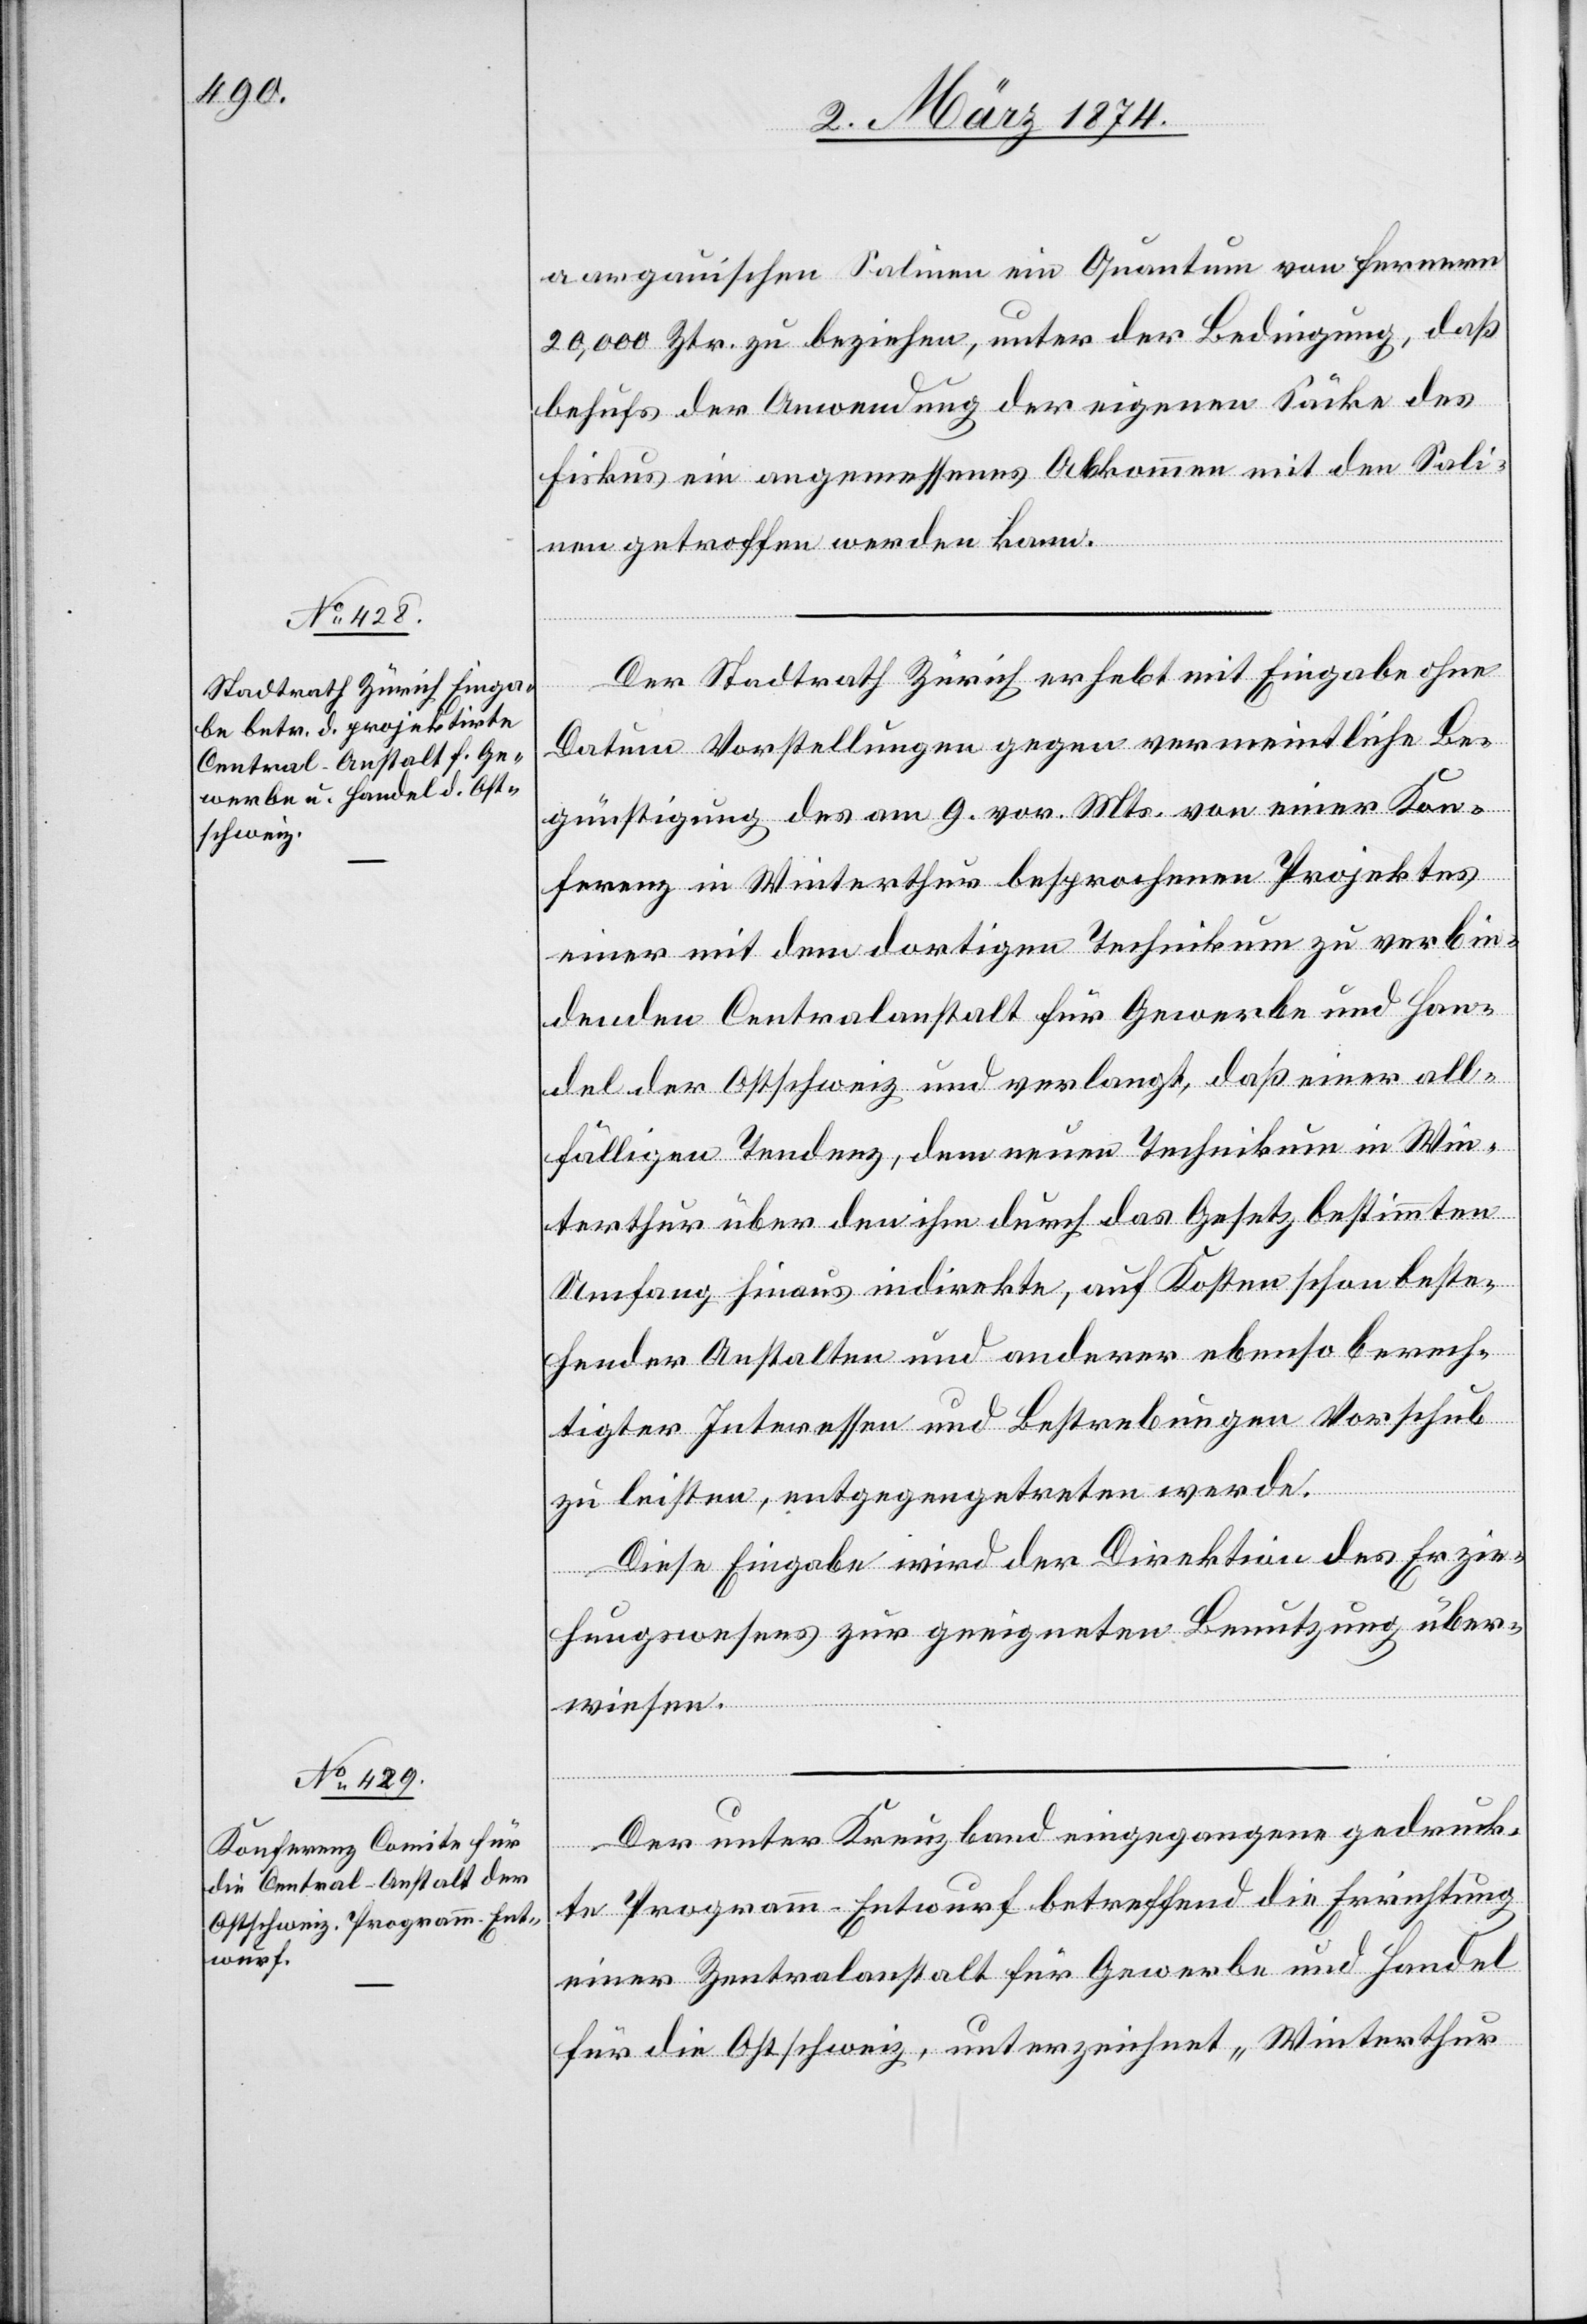
aargauischen Salinen ein Quantum von Fernern
20,000 Ztr. zu beziehen, unter der Bedingung, daß
behufs der Anwendung der eigenen Säcke des
Fiskus ein angemessenes Abkommen mit den Sali¬
nen getroffen werden kann.
Der Stadtrath Zürich erhebt mit Eingabe ohne
Datum Vorstellungen gegen vermeintliche Be¬
günstigung des am 9. vor. Mts. von einer Kon¬
ferenz in Winterthur besprochenen Projektes
einer mit dem dortigen Technikum zu verbin¬
denden Centralanstalt für Gewerbe und Han¬
del der Ostschweiz und verlangt, daß einer all¬
fälligen Tendenz, dem neuen Technikum in Win¬
terthur über den ihm durch das Gesetz bestimmten
Umfang hinaus indirekte, auf Kosten schon beste¬
hender Anstalten und anderer ebenso berech¬
tigter Interessen und Bestrebungen Vorschub
zu leisten, entgegengetreten werde.
Diese Eingabe wird der Direktion des Erzie¬
hungswesens zur geeigneten Benutzung über¬
wiesen.
Der unter Kreuzband eingegangene gedruck¬
te Programm-Entwurf betreffend die Errichtung
einer Zentralanstalt Gewerbe und Handel
für die Ostschweiz, unterzeichnet „Winterthur